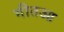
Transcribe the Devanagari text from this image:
गीतआ